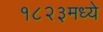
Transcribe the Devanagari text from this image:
१८२३मध्ये